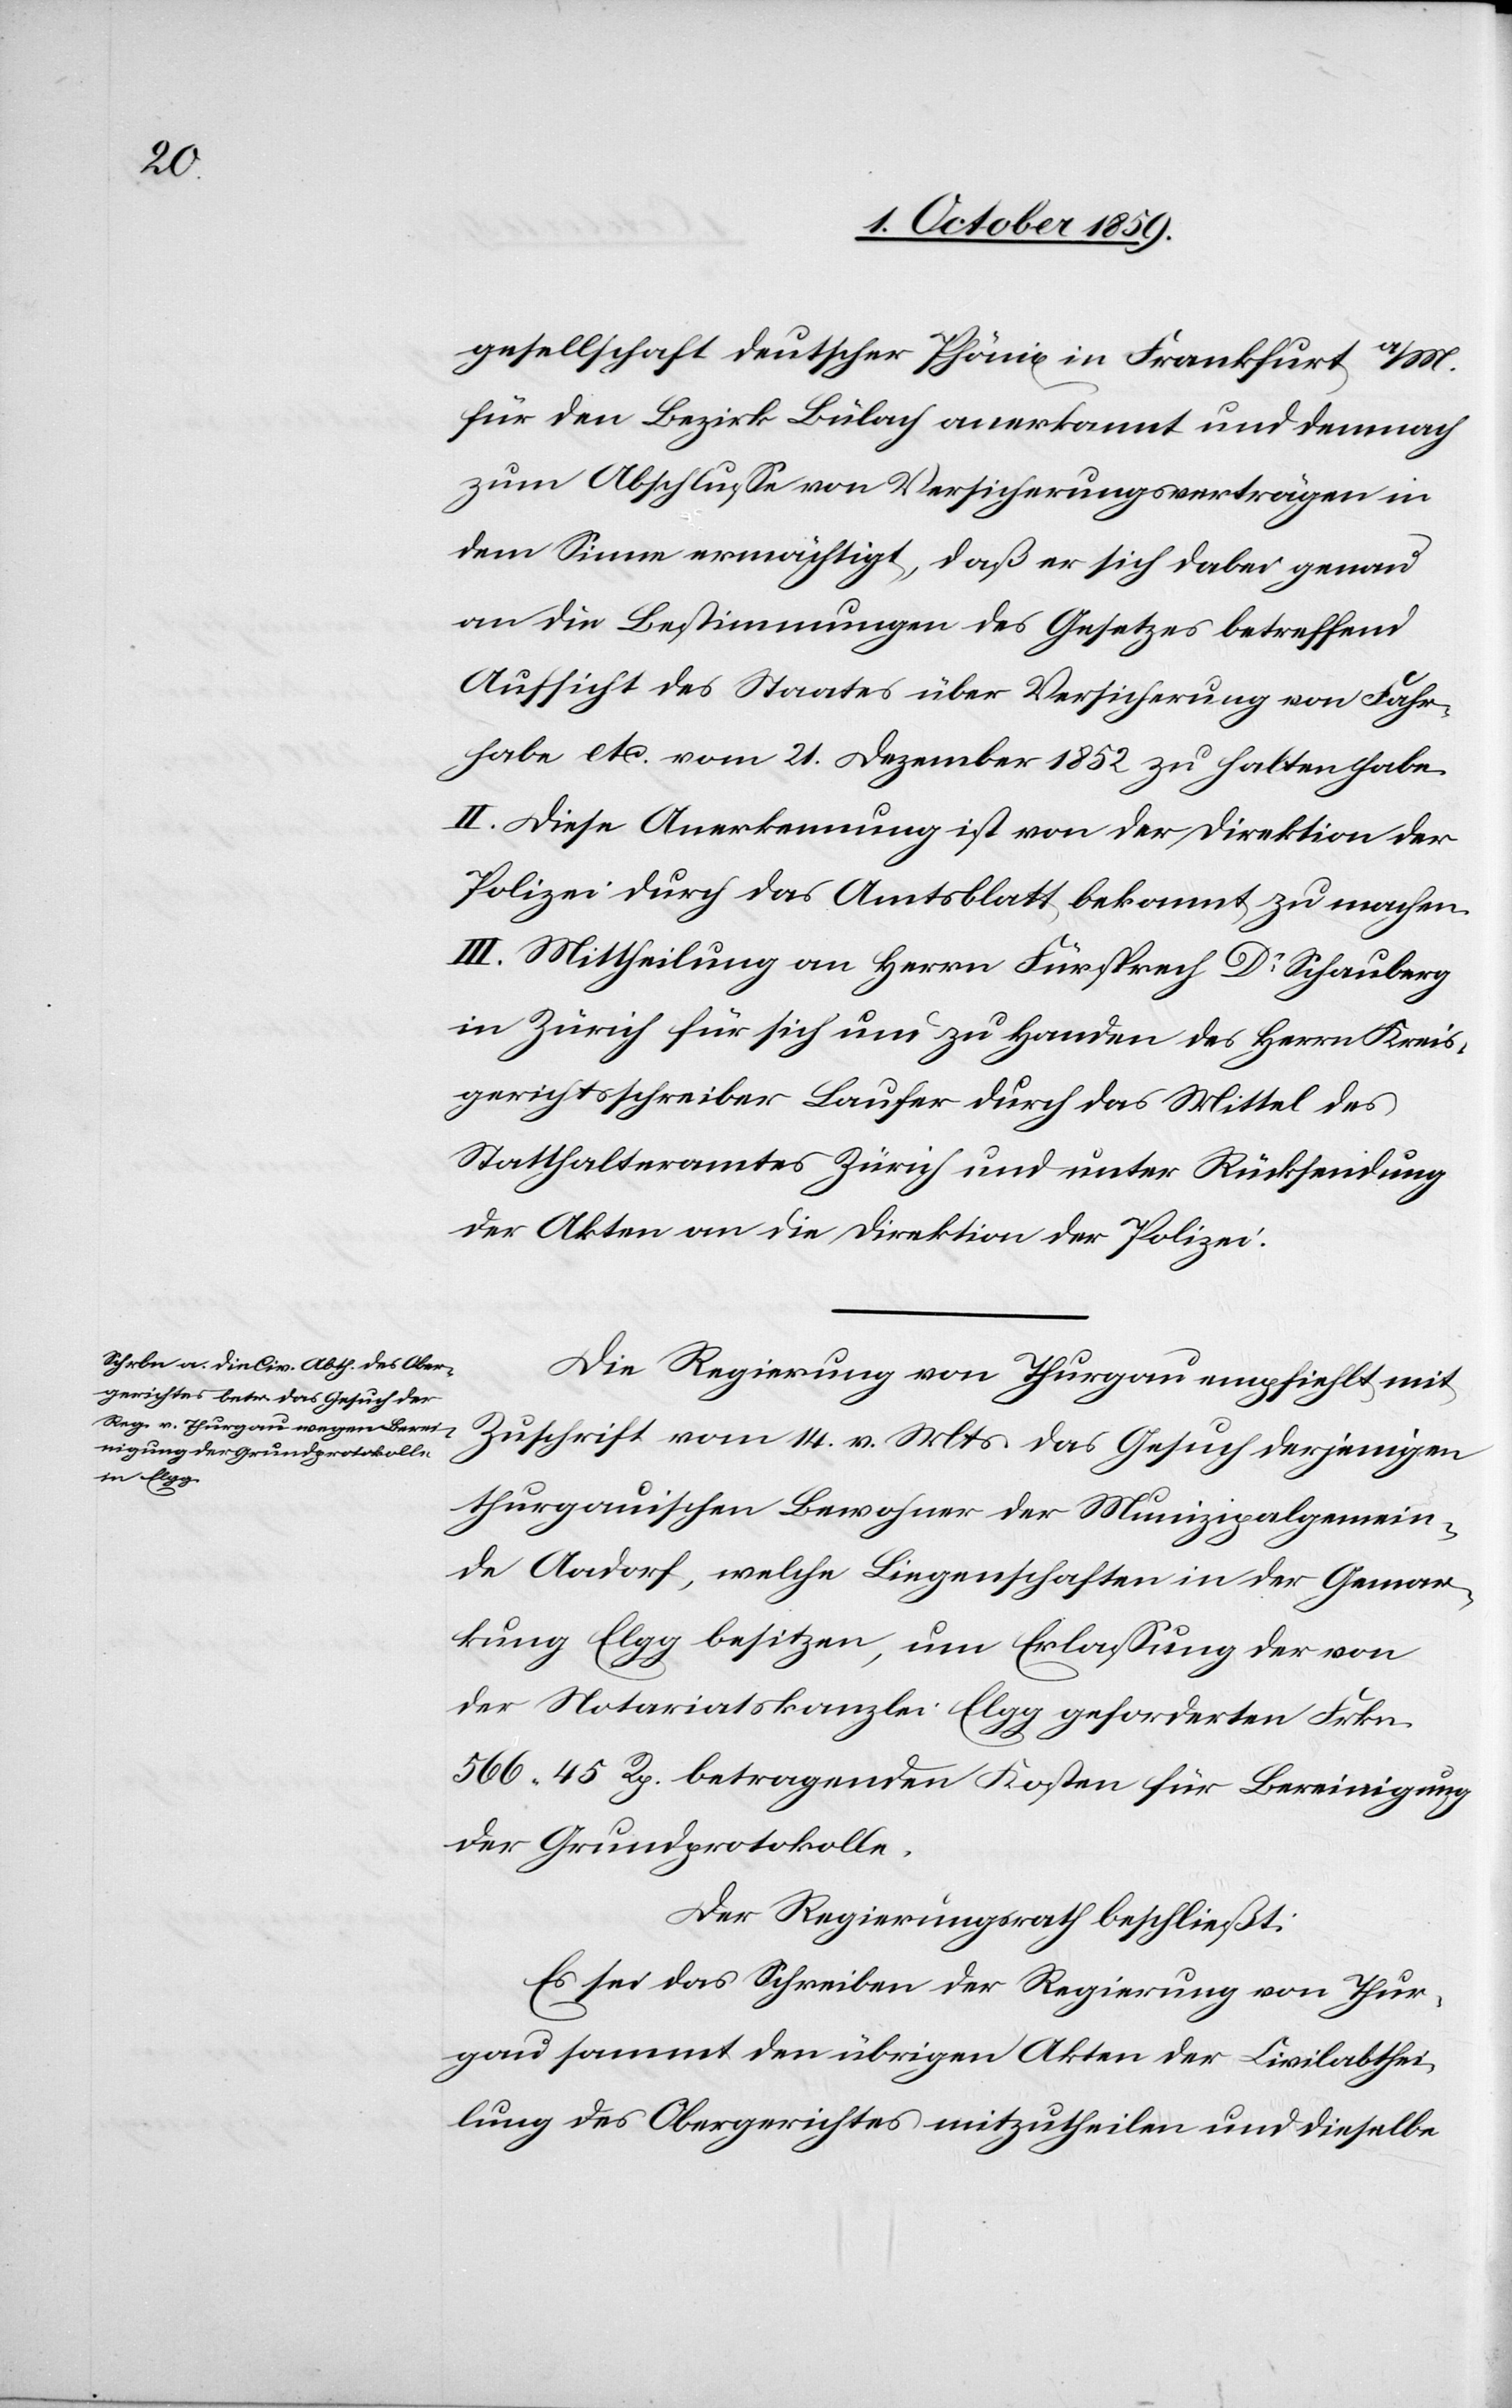
gesellschaft deutscher Phönix in Frankfurt a/M.
für den Bezirk Bülach anerkannt und demnach
zum Abschlusse von Versicherungsverträgen in
dem Sinne ermächtigt, daß er sich dabei genau
an die Bestimmungen des Gesetzes betreffend
Aufsicht des Staates über Versicherung von Fahr¬
habe etc. vom 21. Dezember 1852 zu halten habe.
II. Diese Anerkennung ist von der Direktion der
Polizei durch das Amtsblatt bekannt zu machen.
III. Mittheilung an Herrn Fürsprech Dr Schauberg
in Zürich für sich und zu Handen des Herrn Kreis¬
gerichtsschreiber Laufer durch das Mittel des
Statthalteramtes Zürich und unter Rücksendung
der Akten an die Direktion der Polizei.
Die Regierung von Thurgau empfiehlt mit
Zuschrift vom 14. v. Mts. das Gesuch derjenigen
thurgauischen Bewohner der Munizipalgemein¬
de Aadorf, welche Liegenschaften in der Gemar¬
kung Elgg besitzen, um Erlassung der von
der Notariatskanzlei Elgg geforderten Frkn.
566 45 Rp. betragenden Kosten für Bereinigung
der Grundprotokolle.
Der Regierungsrath beschließt:
Es sei das Schreiben der Regierung von Thur¬
gau sammt den übrigen Akten der Civilabthei¬
lung des Obergerichtes mitzutheilen und dieselbe